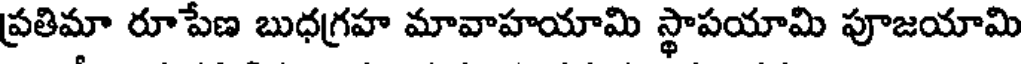
ప్రతిమా రూపేణ బుధగ్రహ మావాహయామి స్థాపయామి పూజయామి